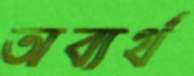
অব্যর্থ